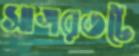
সাগরতটে